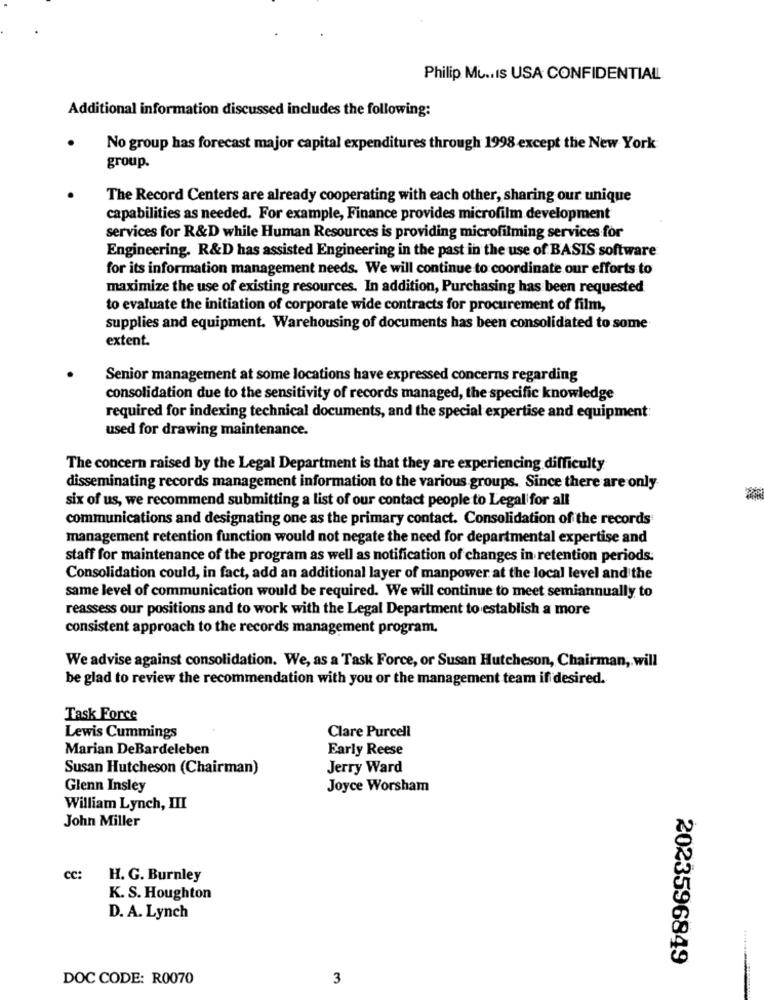
Philip Mu .. IS USA CONFIDENTIALL
Additional information discussed includes the following:
No group has forecast major capital expenditures through 1998 except the New York
group.
The Record Centers are already cooperating with each other, sharing our unique
capabilities as needed. For example, Finance provides microfilm development
services for R&D while Human Resources is providing microfilming services for
Engineering. R&D has assisted Engineering in the past in the use of BASIS software
for its information management needs. We will continue to coordinate our efforts to
maximize the use of existing resources. In addition, Purchasing has been requested
to evaluate the initiation of corporate wide contracts for procurement of film,
supplies and equipment. Warehousing of documents has been consolidated to some
extent.
Senior management at some locations have expressed concerns regarding
consolidation due to the sensitivity of records managed, the specific knowledge
required for indexing technical documents, and the special expertise and equipment:
used for drawing maintenance.
The concern raised by the Legal Department is that they are experiencing difficulty
disseminating records management information to the various groups. Since there are only
six of us, we recommend submitting a list of our contact people to Legal for all
communications and designating one as the primary contact. Consolidation of the records
management retention function would not negate the need for departmental expertise and
staff for maintenance of the program as well as notification of changes in retention periods:
Consolidation could, in fact, add an additional layer of manpower at the local level and the
same level of communication would be required. We will continue to meet semiannually to
reassess our positions and to work with the Legal Department to establish a more
consistent approach to the records management program.
We advise against consolidation. We, as a Task Force, or Susan Hutcheson, Chairman, will
be glad to review the recommendation with you or the management team if desired.
Task Force
Clare Purcell
Lewis Cummings
Marian DeBardeleben
Early Reese
Susan Hutcheson (Chairman)
Jerry Ward
Glenn Insley
Joyce Worsham
William Lynch, III
John Miller
CC:
H. G. Burnley
K. S. Houghton
D. A. Lynch
2023596849
DOC CODE: R0070
3